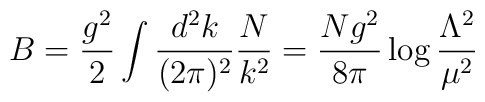
B=\frac{g^2}{2}\int\frac{d^2k}{(2\pi)^2}\frac{N}{k^2}=\frac{Ng^2}{8\pi}\log{\frac{\Lambda^2}{\mu^2}}